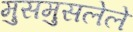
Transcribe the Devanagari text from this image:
मुसमुसलेले